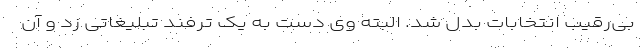
بی‌رقیب انتخابات بدل شد. البته وی دست به یک ترفند تبلیغاتی زد و‌ آن